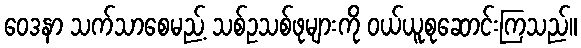
ဝေဒနာ သက်သာစေမည့် သစ်ဥသစ်ဖုများကို ဝယ်ယူစုဆောင်းကြသည်။